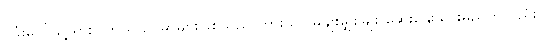
ပုခုံးပေါ်သို့ ရှားပါတယ် ဥပမာများဖြစ်သည် ကားသာ မှိုချိုးမျှစ်ချိုး ဆွေးနွေးသွားမည်ဟုလည်း